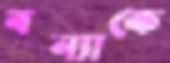
বন্যাকে